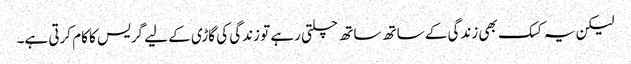
لیکن یہ کسک بھی زندگی کے ساتھ ساتھ چلتی رہے تو زندگی کی گاڑی کے لیے گریس کا کام کرتی ہے۔